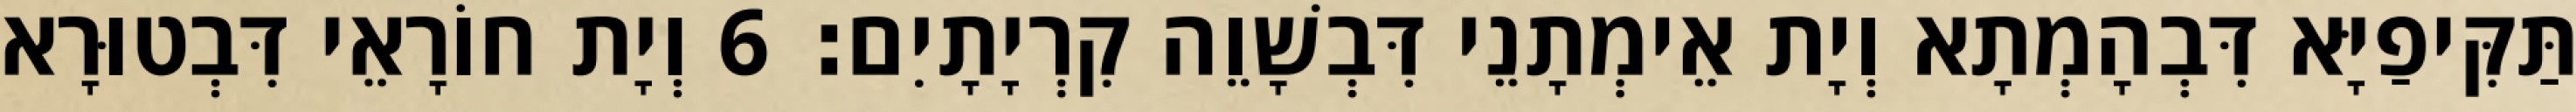
תַּקִּיפַיָּא דִּבְהָמְתָא וְיָת אֵימְתָנֵי דִּבְשָׁוֵה קִרְיָתָיִם׃ 6 וְיָת חוֹרָאֵי דִּבְטוּרָא